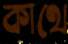
কাথে